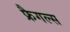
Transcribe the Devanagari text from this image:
फ्रैगल्स